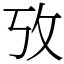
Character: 攷